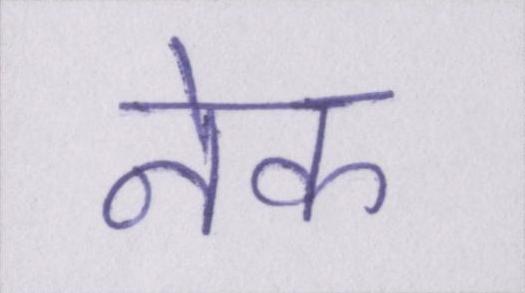
नेक